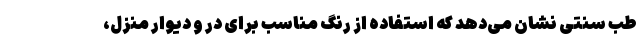
طب سنتی نشان می‌دهد که استفاده از رنگ مناسب برای در و دیوار منزل،